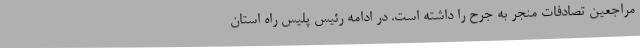
مراجعین تصادفات منجر به جرح را داشته است. در ادامه رئیس پلیس راه استان